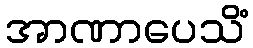
အာဏာပေသိံ